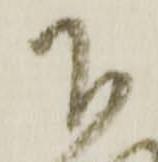
下